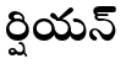
ర్షియన్